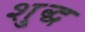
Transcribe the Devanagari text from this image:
शु्द्ध